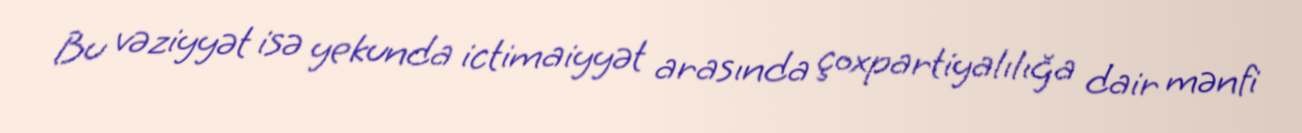
Bu vəziyyət isə yekunda ictimaiyyət arasında çoxpartiyalılığa dair mənfi